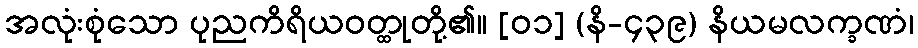
အလုံးစုံသော ပုညကိရိယဝတ္ထုတို့၏။ [၀၁] (နိ-၄၃၉) နိယမလက္ခဏံ၊